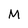
Character: M